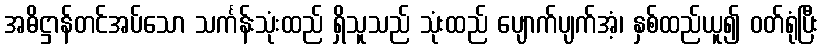
အဓိဋ္ဌာန်တင်အပ်သော သင်္ကန်းသုံးထည် ရှိသူသည် သုံးထည် ပျောက်ပျက်အံ့၊ နှစ်ထည်ယူ၍ ဝတ်ရုံပြီး